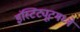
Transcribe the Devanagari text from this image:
इंस्टिट्यूटमध्ये